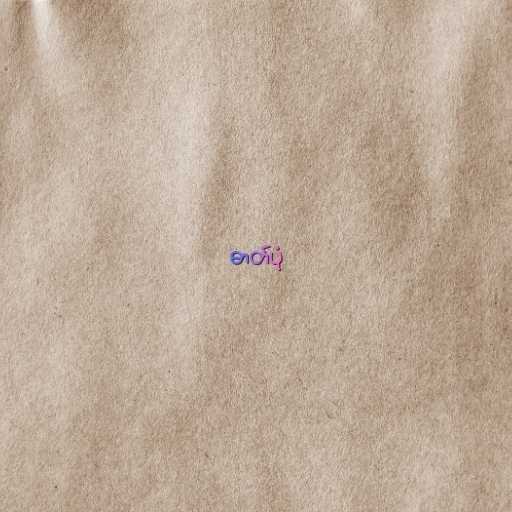
ဓာတ်ပုံ